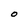
Character: O